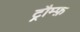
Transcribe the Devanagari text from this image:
ट्रौम्फ़